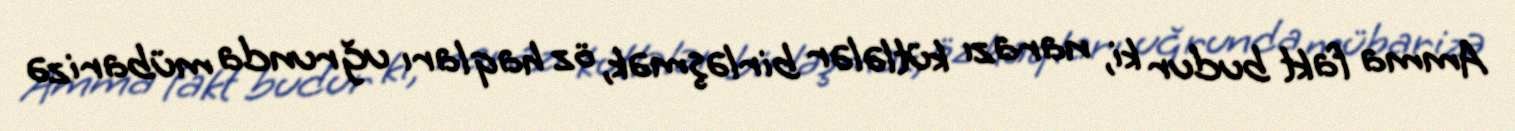
Amma fakt budur ki, narazı kütlələr birləşmək, öz haqları uğrunda mübarizə